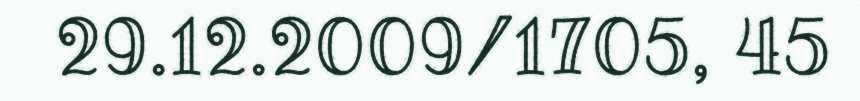
29.12.2009/1705, 45